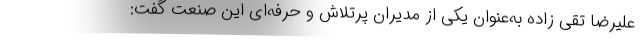
علیرضا تقی زاده به‌عنوان یکی از مدیران پرتلاش و حرفه‌ای این صنعت گفت: